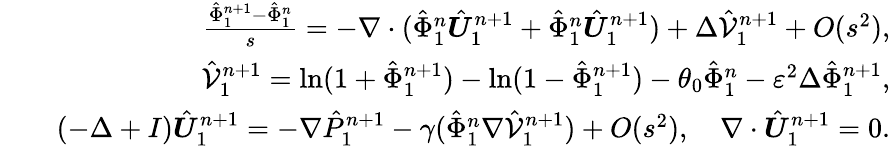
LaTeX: \begin{array}{rlr}&{}&{\frac{\hat{\Phi}_{1}^{n+1}-\hat{\Phi}_{1}^{n}}{s}=-\nabla\cdot(\hat{\Phi}_{1}^{n}\hat{\boldsymbol{U}}_{1}^{n+1}+\hat{\Phi}_{1}^{n}\hat{\boldsymbol{U}}_{1}^{n+1})+\Delta\hat{\mathcal{V}}_{1}^{n+1}+O(s^{2}),}\\ &{}&{\hat{\mathcal{V}}_{1}^{n+1}=\ln(1+\hat{\Phi}_{1}^{n+1})-\ln(1-\hat{\Phi}_{1}^{n+1})-\theta_{0}\hat{\Phi}_{1}^{n}-\varepsilon^{2}\Delta\hat{\Phi}_{1}^{n+1},}\\ &{}&{(-\Delta+I)\hat{\boldsymbol{U}}_{1}^{n+1}=-\nabla\hat{P}_{1}^{n+1}-\gamma(\hat{\Phi}_{1}^{n}\nabla\hat{\mathcal{V}}_{1}^{n+1})+O(s^{2}),\quad\nabla\cdot\hat{\boldsymbol{U}}_{1}^{n+1}=0.}\end{array}